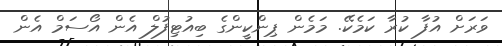
ވަރަށް އުފާ ކުރާ ކަމެކޭ. މަމެން ޕިންކީންގެ ބިއުޓިފުލް އެން އޯސަމް އެން